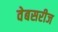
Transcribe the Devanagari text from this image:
वेबसरीज